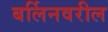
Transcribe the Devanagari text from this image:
बर्लिनवरील